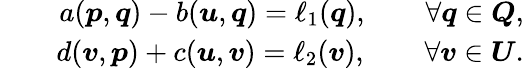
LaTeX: \begin{array}{rlr}&{}&{a(\boldsymbol{p},\boldsymbol{q})-b(\boldsymbol{u},\boldsymbol{q})=\ell_{1}(\boldsymbol{q}),\qquad\forall\boldsymbol{q}\in\boldsymbol{Q},}\\ &{}&{d(\boldsymbol{v},\boldsymbol{p})+c(\boldsymbol{u},\boldsymbol{v})=\ell_{2}(\boldsymbol{v}),\qquad\forall\boldsymbol{v}\in\boldsymbol{U}.}\end{array}